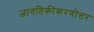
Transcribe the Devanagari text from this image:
जागतिकीकरणोत्तर